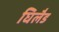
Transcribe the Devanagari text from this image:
घिलैड